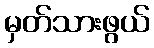
မှတ်သားဖွယ်